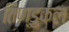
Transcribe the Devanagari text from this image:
तिण्डुकल